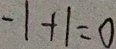
- 1 + 1 = 0